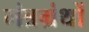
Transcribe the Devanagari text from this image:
मंत्रग्रंथों